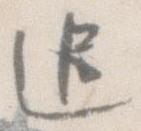
追